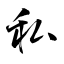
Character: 私